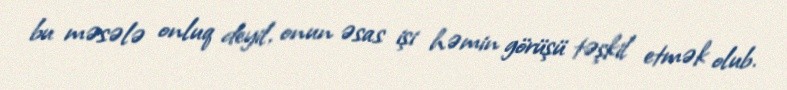
bu məsələ onluq deyil, onun əsas işi həmin görüşü təşkil etmək olub.